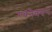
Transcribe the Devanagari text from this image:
रचनेवरुन